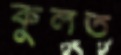
কুলত